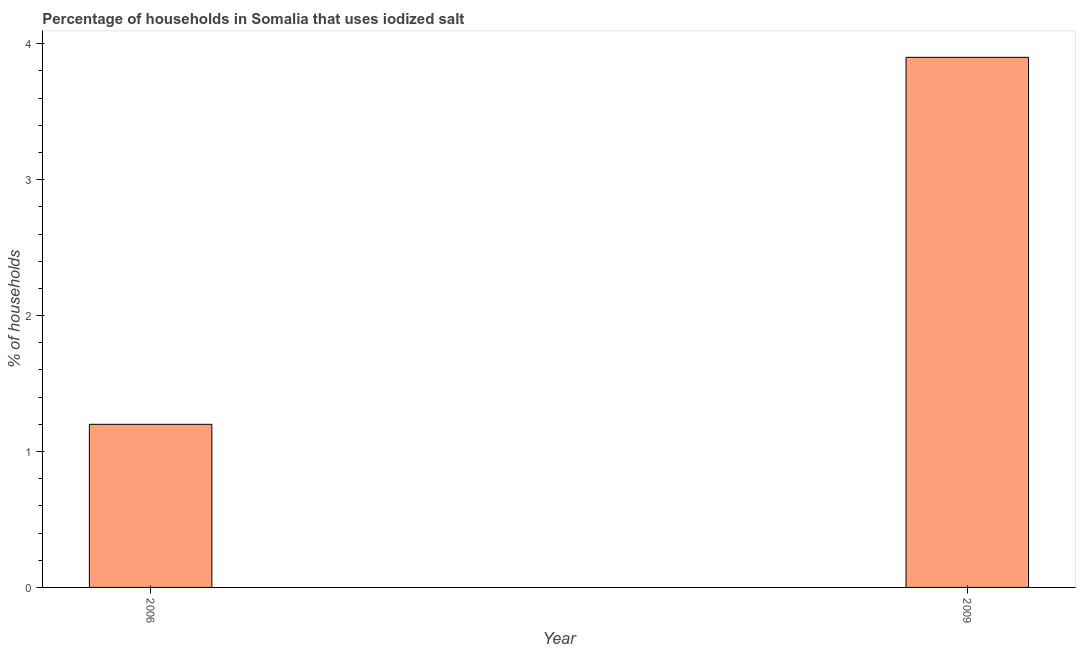
| Year | Consumption of iodized salt |
 | --- | --- |
 | 2006 | 1.2 |
 | 2009 | 3.9 |